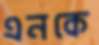
এনকে